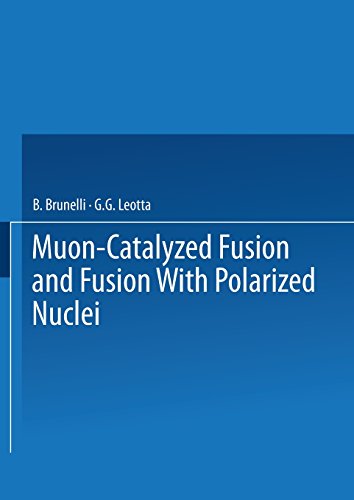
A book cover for Muon-Catalyzed Fusion and Fusion with Polarized Nuclei (Ettore Majorana International Science Series); B. Brunelli; Science & Math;